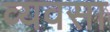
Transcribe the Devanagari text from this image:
व्यवसा